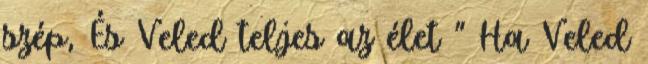
szép, És Veled teljes az élet " Ha Veled